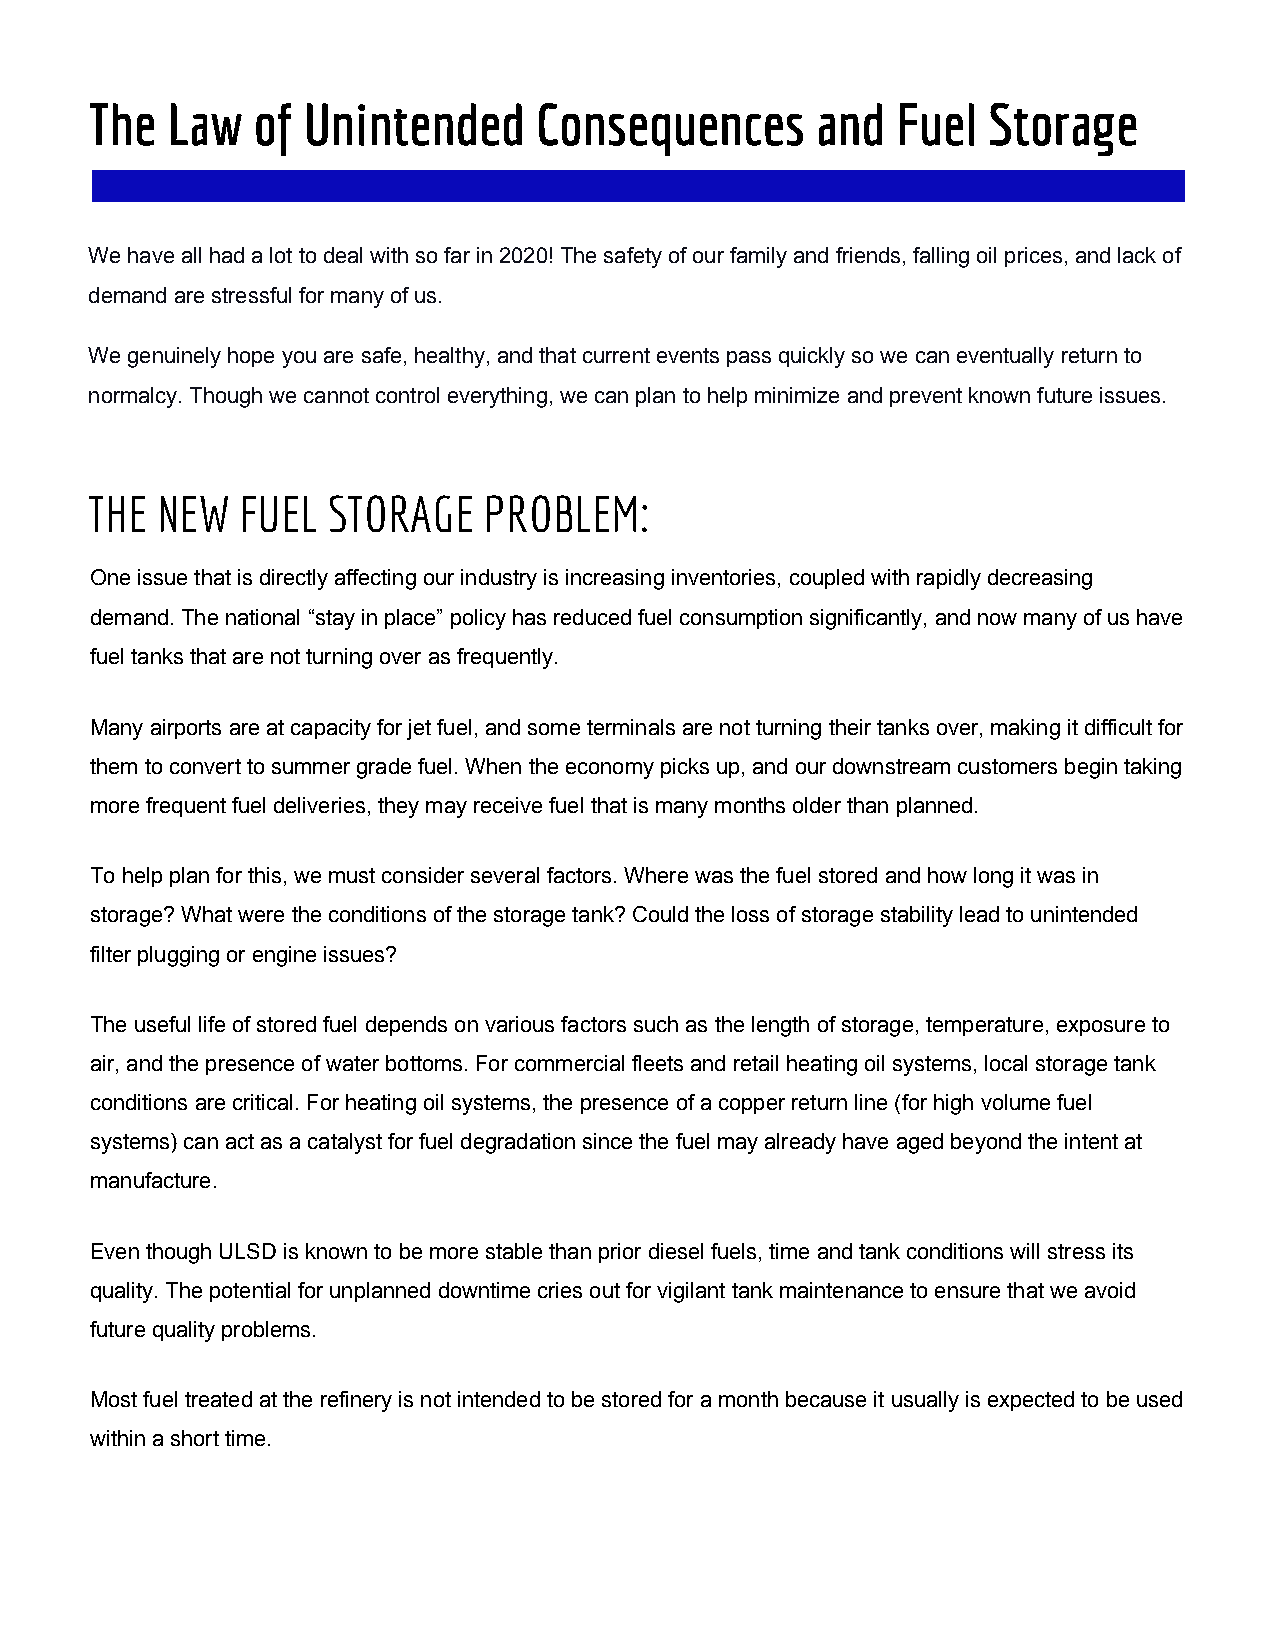
The  Law   of Unintended     Consequences       and  Fuel  Storage
 We have all had a lot to deal with so far in 2020! The safety of our family and friends, falling oil prices, and lack of
 demand are stressful for many of us.
 We genuinely hope you are safe, healthy, and that current events pass quickly so we can eventually return to
 normalcy. Though we cannot control everything, we can plan to help minimize and prevent known future issues.
 THE NEW   FUEL  STORAGE   PROBLEM:
 One issue that is directly affecting our industry is increasing inventories, coupled with rapidly decreasing
 demand. The national “stay in place” policy has reduced fuel consumption significantly, and now many of us have
 fuel tanks that are not turning over as frequently.
 Many airports are at capacity for jet fuel, and some terminals are not turning their tanks over, making it difficult for
 them to convert to summer grade fuel. When the economy picks up, and our downstream customers begin taking
 more frequent fuel deliveries, they may receive fuel that is many months older than planned.
 To help plan for this, we must consider several factors. Where was the fuel stored and how long it was in
 storage? What were the conditions of the storage tank? Could the loss of storage stability lead to unintended
 filter plugging or engine issues?
 The useful life of stored fuel depends on various factors such as the length of storage, temperature, exposure to
 air, and the presence of water bottoms. For commercial fleets and retail heating oil systems, local storage tank
 conditions are critical. For heating oil systems, the presence of a copper return line (for high volume fuel
 systems) can act as a catalyst for fuel degradation since the fuel may already have aged beyond the intent at
 manufacture.
 Even though ULSD is known to be more stable than prior diesel fuels, time and tank conditions will stress its
 quality. The potential for unplanned downtime cries out for vigilant tank maintenance to ensure that we avoid
 future quality problems.
 Most fuel treated at the refinery is not intended to be stored for a month because it usually is expected to be used
 within a short time.